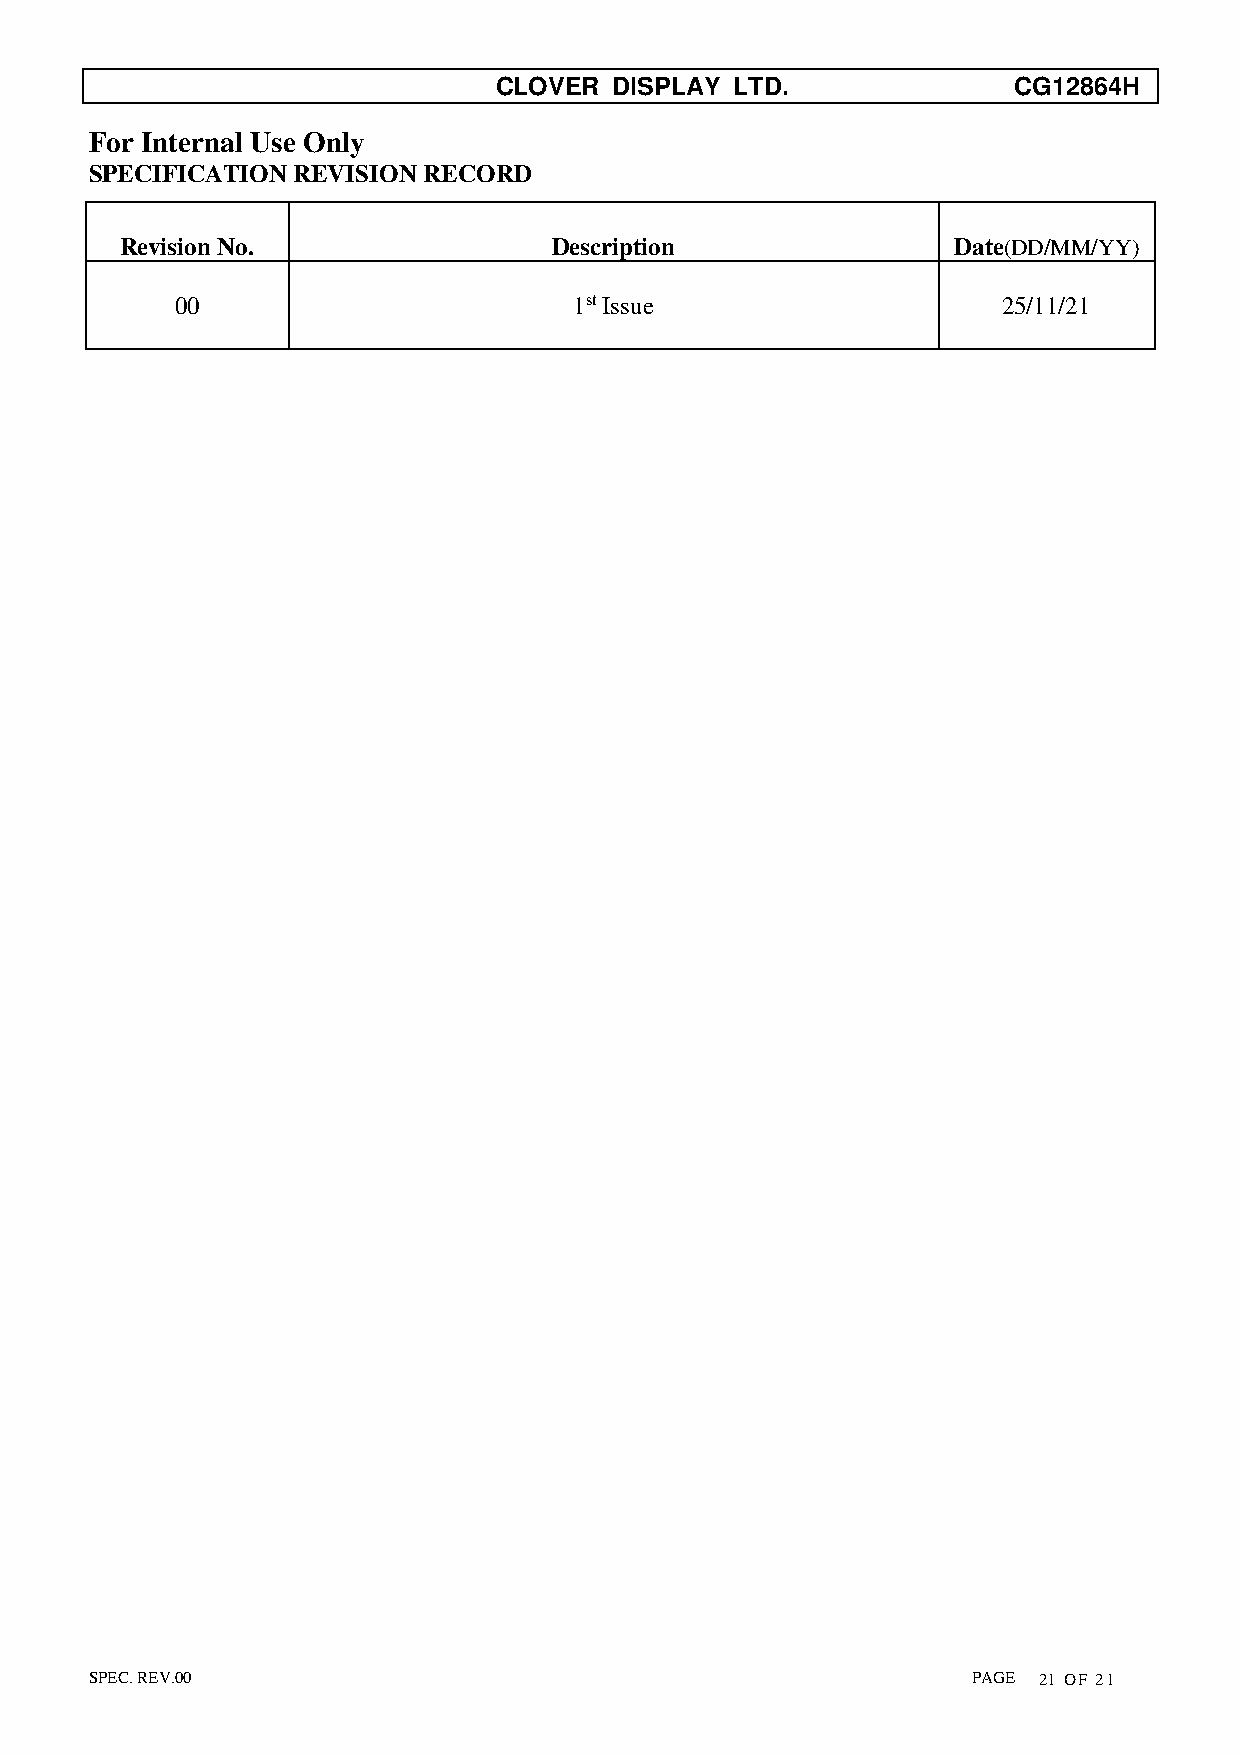
CLOVER  DISPLAY LTD.              CG12864H
 For Internal Use Only
 SPECIFICATION REVISION RECORD
 Revision No.                 Description               Date(DD/MM/YY)
 00                        1st Issue                   25/11/21
 SPEC. REV.00                                              PAGE 21 OF 21